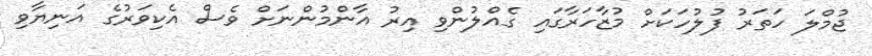
ޖުމްލަ ހަތަރު ފުލުހަކަށް މުޒާހަރާގައި ގެއްލުންވި އިރު އާންމުންނަށް ވެސް އެކިވަރުގެ އަނިޔާވި